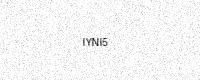
Text: IYNI5